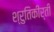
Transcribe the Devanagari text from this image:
श्रुतिकीर्ती